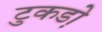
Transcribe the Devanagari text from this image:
टुकडो़